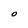
Character: O